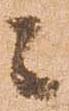
々